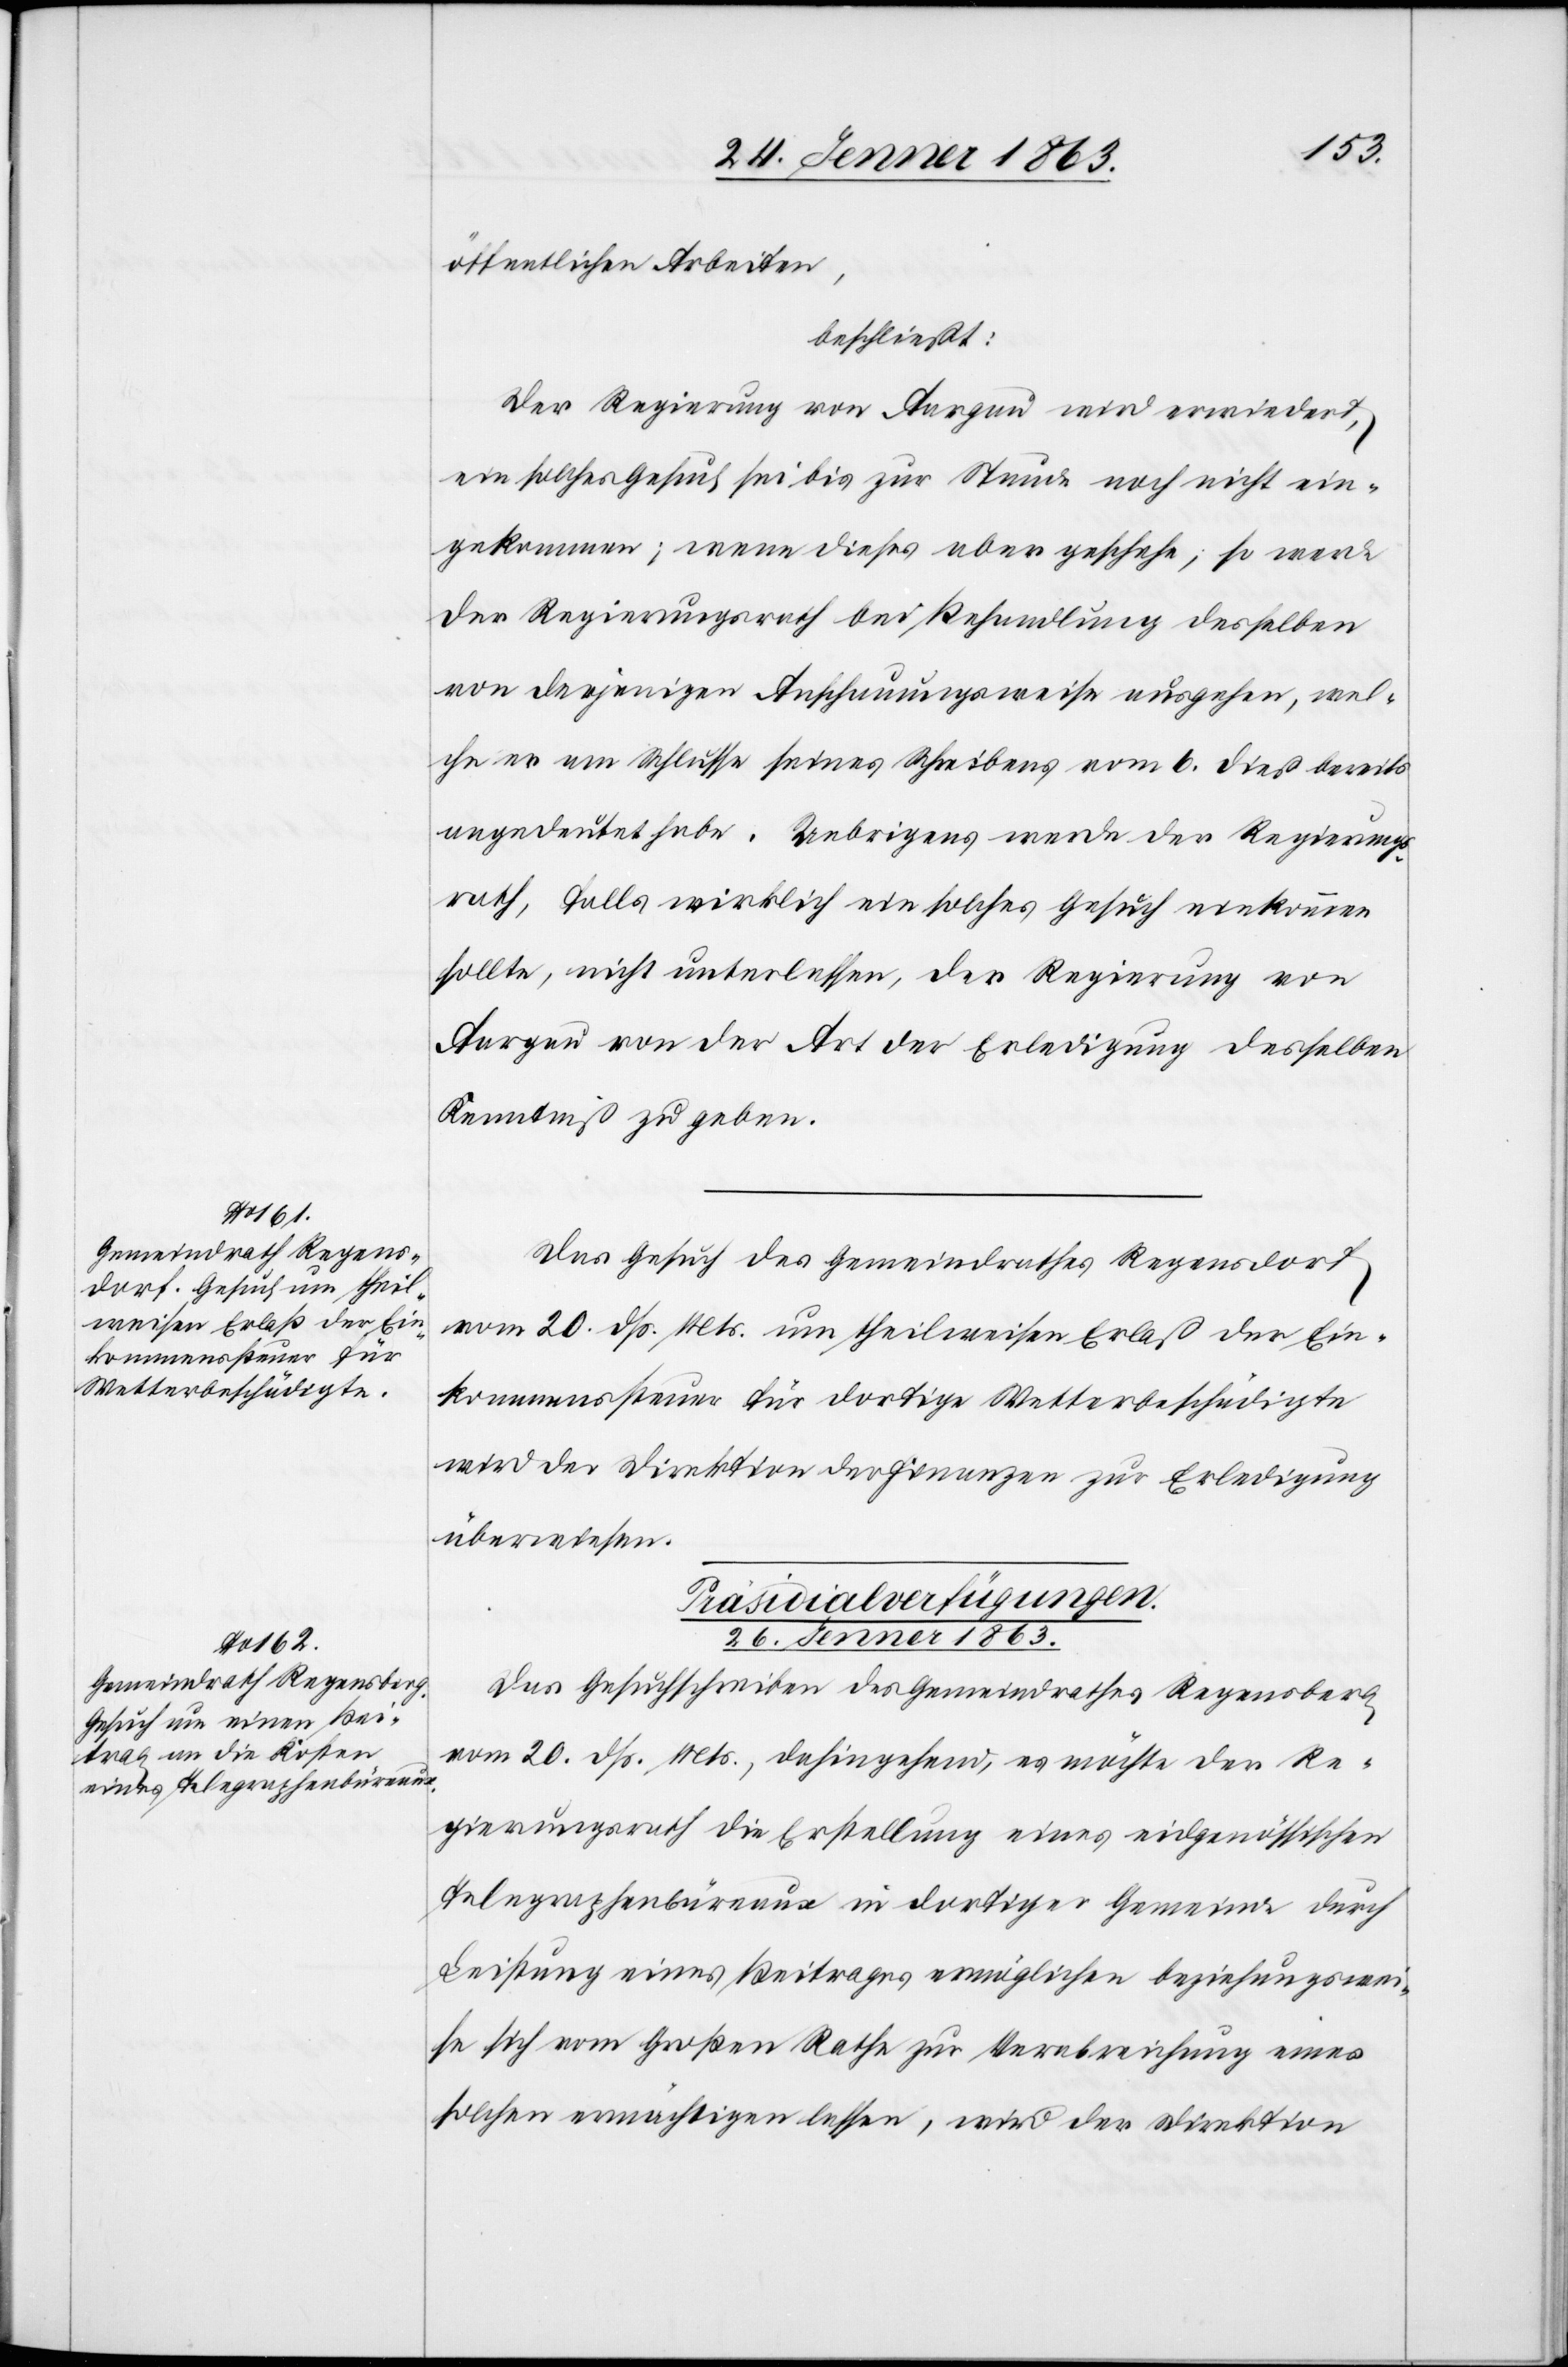
öffentlichen Arbeiten,
beschließt:
Der Regierung von Aargau wird erwiedert,
ein solches Gesuch sei bis zur Stunde noch nicht ein¬
gekommen; wenn dieses aber geschehe; so werde
der Regierungsrath bei Behandlung desselben
von derjenigen Anschauungsweise ausgehen, wel¬
che er am Schlusse seines Schreibens vom 6. dieß bereits
angedeutet habe. Uebrigens werde der Regierungs¬
rath, falls wirklich ein solches Gesuch einkommen
sollte, nicht unterlassen, der Regierung von
Aargau von der Art der Erledigung desselben
Kenntniß zu geben.
Das Gesuch des Gemeindrathes Regensdorf
vom 20. dß. Mts. um theilweisen Erlaß der Ein¬
kommenssteuer für dortige Wetterbeschädigte
wird der Direktion der Finanzen zur Erledigung
überwiesen.
Präsidialverfügungen.
26. Jenner 1863.
Das Gesuchschreiben des Gemeindrathes Regensberg
vom 20. dß. Mts., dahingehend, es möchte der Re¬
gierungsrath die Erstellung eines eidgenössischen
Telegraphenbüreaux in dortiger Gemeinde durch
Leistung eines Beitrages ermöglichen beziehungswei¬
se sich vom Großen Rathe zur Verabreichung eines
solchen ermächtigen lassen, wird der Direktion